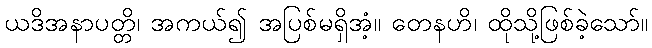
ယဒိအနာပတ္တိ၊ အကယ်၍ အပြစ်မရှိအံ့။ တေနဟိ၊ ထိုသို့ဖြစ်ခဲ့သော်။